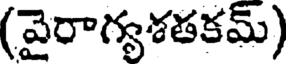
(వైరాగ్యశతకమ్)